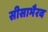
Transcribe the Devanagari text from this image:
सीसाभैरव